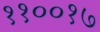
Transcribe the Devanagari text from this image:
११००१७